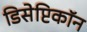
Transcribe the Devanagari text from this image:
डिसेप्टिकॉन